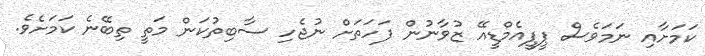
ކަމަށާއި ނަމަވެސް ޕީޕީއެމްޑީއޭ ޒުވާނުން ފަހަތަށް ނުޖެހި ސާބިތުކަން މަތީ ތިބޭނެ ކަމަށެވެ.